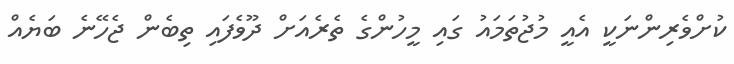
ކުށްވެރިންނަކީ އެއީ މުޖުތަމައު ގައި މީހުންގެ ތެރެއަށް ދޫވެފައި ތިބެން ޖެހޭނެ ބަޔެއް